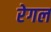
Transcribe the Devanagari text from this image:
रेगल